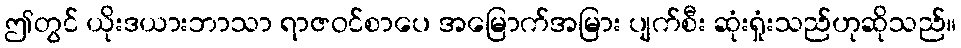
ဤတွင် ယိုးဒယားဘာသာ ရာဇဝင်စာပေ အမြောက်အမြား ပျက်စီး ဆုံးရှုံးသည်ဟုဆိုသည်။